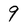
Character: 9